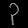
Digit: ၃